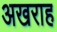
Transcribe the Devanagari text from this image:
अखराह